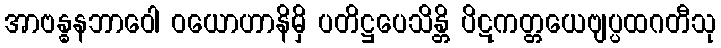
အာဗန္ဓနဘာဝေါ ဝယောဟာနိမှိ ပတိဋ္ဌပေသိန္တိ ပိဋကတ္တယေဗျပ္ပထဂတီသု